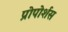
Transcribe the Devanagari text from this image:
प्रोपोर्शस